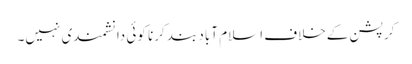
کرپشن کےخلاف اسلام آباد بند کرنا کوئی دانشمندی نہیں۔